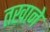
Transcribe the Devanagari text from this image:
तखाने